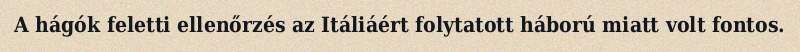
A hágók feletti ellenőrzés az Itáliáért folytatott háború miatt volt fontos.